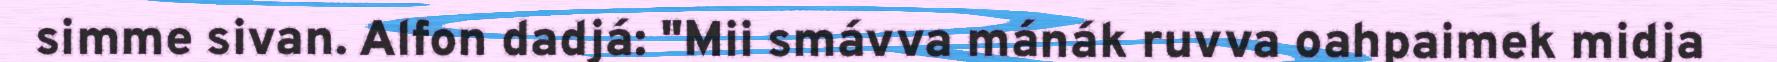
simme sivan. Alfon dadjá: "Mii smávva mánák ruvva oahpaimek midja